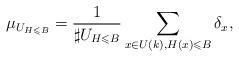
LaTeX: \begin{align*}\mu_{U_{H\leqslant B}}=\frac{1}{\sharp U_{H\leqslant B}}\sum_{x\in U(k),H(x)\leqslant B}\delta_x,\end{align*}